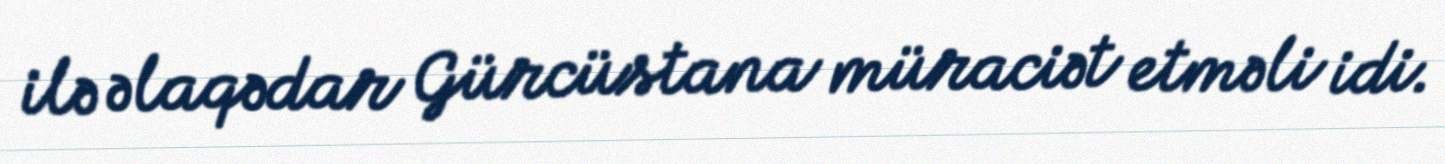
ilə əlaqədar Gürcüstana müraciət etməli idi.